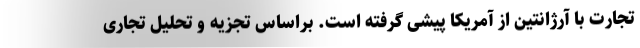
تجارت با آرژانتین از آمریکا پیشی گرفته است. براساس تجزیه و تحلیل تجاری